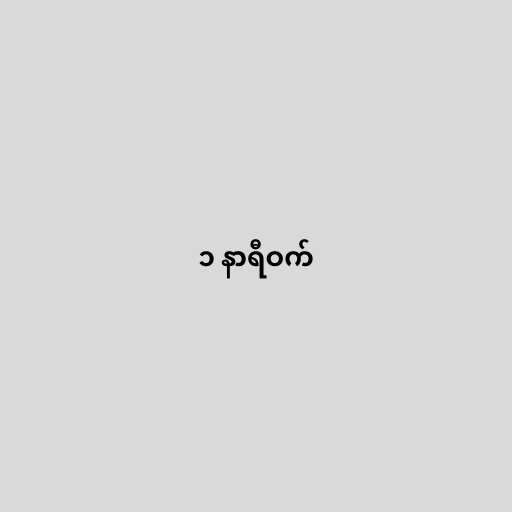
၁ နာရီဝက်